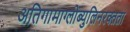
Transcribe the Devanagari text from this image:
अतिगामाग्लोब्युलिनरक्तता